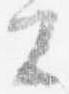
公